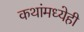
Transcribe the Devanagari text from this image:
कथांमध्येही